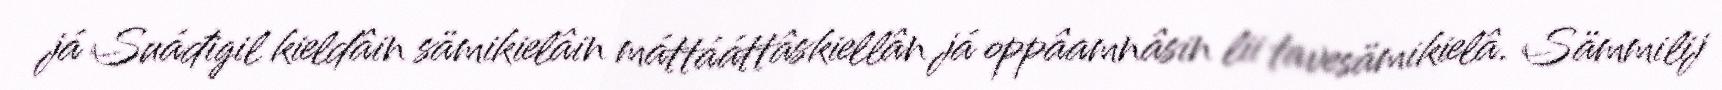
já Suáđigil kieldâin sämikielâin máttááttâskiellân já oppâamnâsin lii tavesämikielâ. Sämmilij